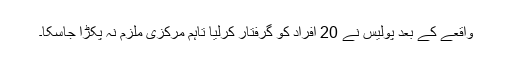
واقعے کے بعد پولیس نے 20 افراد کو گرفتار کرلیا تاہم مرکزی ملزم نہ پکڑا جاسکا۔